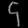
Digit: ၄